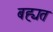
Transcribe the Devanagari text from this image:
बह्यत